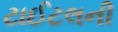
ટાઈટલની